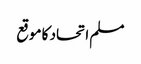
مسلم اتحاد کا موقع